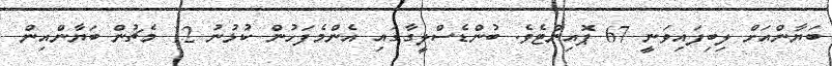
ބަޔާންއަށް ލިބިފައިވަނީ 67 ޕޮއިންޓެވެ. ބުންޑެސްލީގާގައި އެންމެފަހުން ކުޅުނު 12 މެޗުން ބަޔާންއިން